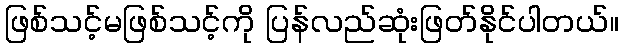
ဖြစ်သင့်မဖြစ်သင့်ကို ပြန်လည်ဆုံးဖြတ်နိုင်ပါတယ်။